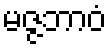
မဇ္ဇဘာဝံ